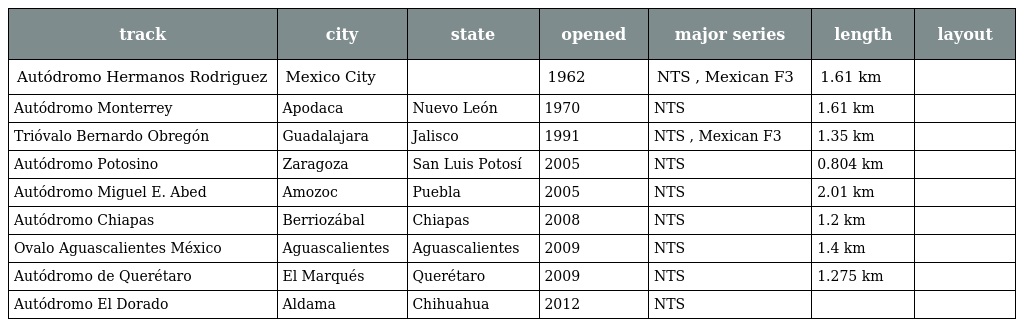
| track | city | state | opened | major series | length | layout |
 | --- | --- | --- | --- | --- | --- | --- |
 | Autódromo Hermanos Rodriguez | Mexico City |  | 1962 | NTS , Mexican F3 | 1.61 km |  |
 | Autódromo Monterrey | Apodaca | Nuevo León | 1970 | NTS | 1.61 km |  |
 | Trióvalo Bernardo Obregón | Guadalajara | Jalisco | 1991 | NTS , Mexican F3 | 1.35 km |  |
 | Autódromo Potosino | Zaragoza | San Luis Potosí | 2005 | NTS | 0.804 km |  |
 | Autódromo Miguel E. Abed | Amozoc | Puebla | 2005 | NTS | 2.01 km |  |
 | Autódromo Chiapas | Berriozábal | Chiapas | 2008 | NTS | 1.2 km |  |
 | Ovalo Aguascalientes México | Aguascalientes | Aguascalientes | 2009 | NTS | 1.4 km |  |
 | Autódromo de Querétaro | El Marqués | Querétaro | 2009 | NTS | 1.275 km |  |
 | Autódromo El Dorado | Aldama | Chihuahua | 2012 | NTS |  |  |